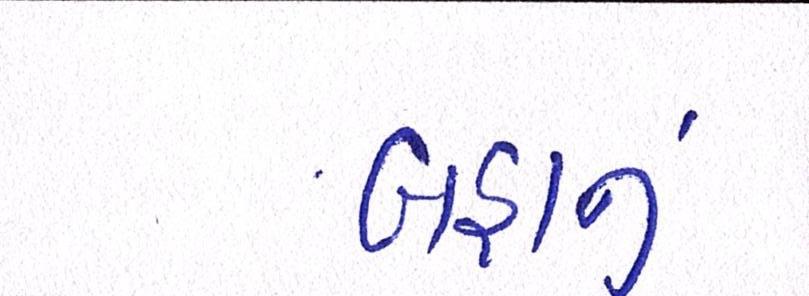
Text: બહાનું